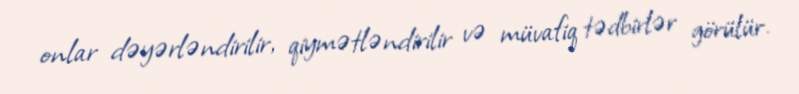
onlar dəyərləndirilir, qiymətləndirilir və müvafiq tədbirlər görülür.